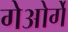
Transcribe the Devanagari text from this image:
गेओर्गे